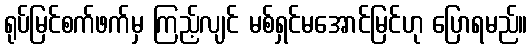
ရုပ်မြင်စက်ဖက်မှ ကြည့်လျင် မစ်ရှင်မအောင်မြင်ဟု ပြောရမည်။